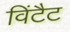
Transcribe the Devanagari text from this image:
विंटैट